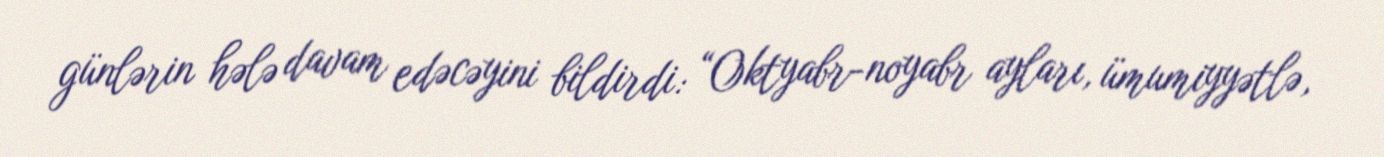
günlərin hələ davam edəcəyini bildirdi: “Oktyabr-noyabr ayları, ümumiyyətlə,